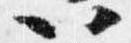
以